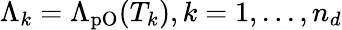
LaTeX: \Lambda_{k}=\Lambda_{\mathrm{pO}}(T_{k}),k=1,...,n_{d}